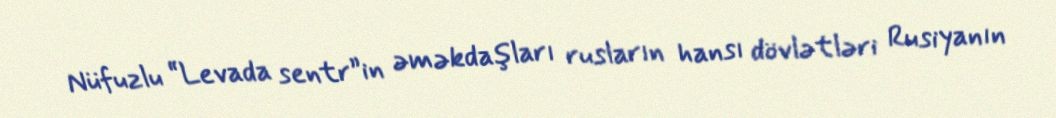
Nüfuzlu “Levada sentr”in əməkdaşları rusların hansı dövlətləri Rusiyanın